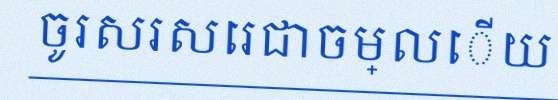
ចូរសរសេរជាចម្លើយ